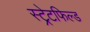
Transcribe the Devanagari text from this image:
स्ट्रेटफिल्ड